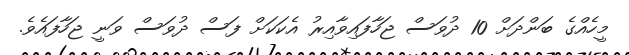
މީހެއްގެ ބަންދަށް 10 ދުވަސް ޖަހާފައިވާއިރު އެކަކަށް ފަސް ދުވަސް ވަނީ ޖަހާފައެވެ.